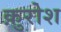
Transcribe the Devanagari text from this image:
क़ुरोश